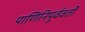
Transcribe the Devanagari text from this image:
पाणिनिपूर्ववर्ती